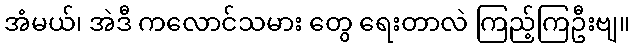
အံမယ်၊ အဲဒီ ကလောင်သမား တွေ ရေးတာလဲ ကြည့်ကြဦးဗျ။